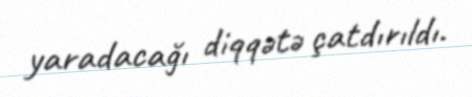
yaradacağı diqqətə çatdırıldı.